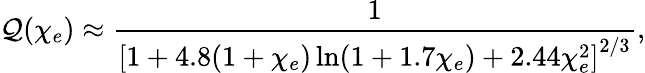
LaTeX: \mathcal{Q}(\chi_{e})\approx\frac{{1}}{{\left[1+4.8(1+\chi_{e})\ln(1+1.7\chi_{e})+2.44\chi_{e}^{2}\right]^{2/3}}},